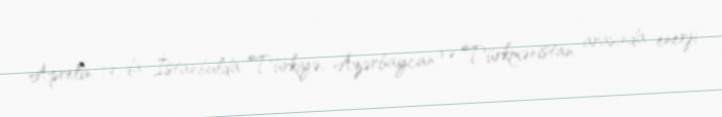
Aprelin 19-da İstanbulda Türkiyə, Azərbaycan və Türkmənistan arasında enerji